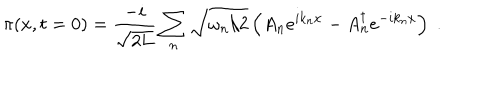
\pi ( x , t = 0 ) = \frac { - i } { \sqrt { 2 L } } \sum _ { n } \sqrt { \omega _ { n } / 2 } \left( A _ { n } e ^ { i k _ { n } x } - A _ { n } ^ { \dagger } e ^ { - i k _ { n } x } \right) \; .